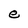
Character: e